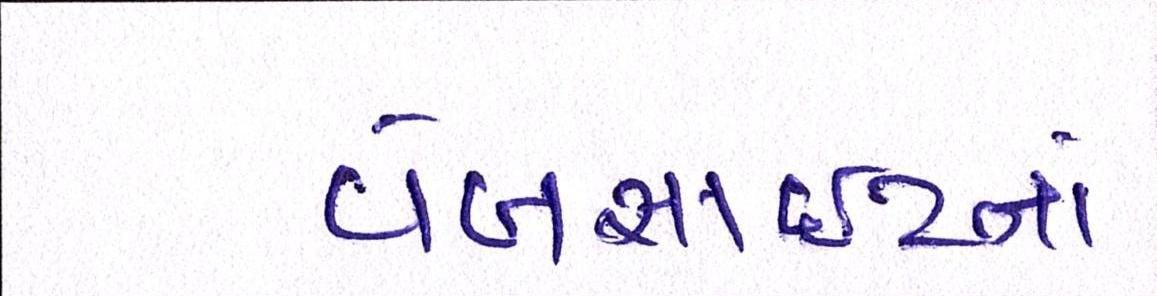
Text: વેબસાઈટનાં